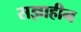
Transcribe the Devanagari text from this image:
सज्ञाहीन